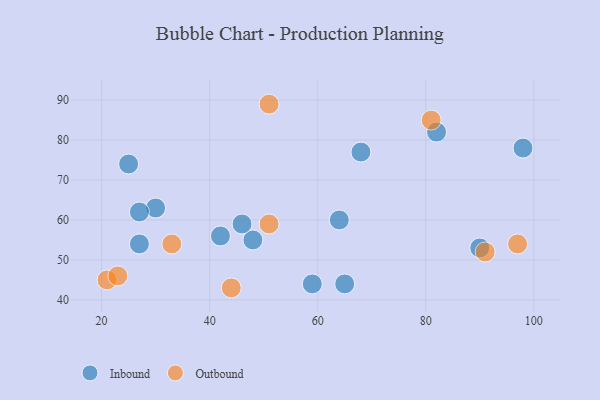
{"axis": {"x": "GDP", "y": "Life Expectancy"}, "legend": ["Inbound", "Outbound"], "data": [{"x": "25", "y": 74, "type": "Inbound"}, {"x": "48", "y": 55, "type": "Inbound"}, {"x": "30", "y": 63, "type": "Inbound"}, {"x": "59", "y": 44, "type": "Inbound"}, {"x": "46", "y": 59, "type": "Inbound"}, {"x": "27", "y": 54, "type": "Inbound"}, {"x": "64", "y": 60, "type": "Inbound"}, {"x": "42", "y": 56, "type": "Inbound"}, {"x": "98", "y": 78, "type": "Inbound"}, {"x": "65", "y": 44, "type": "Inbound"}, {"x": "27", "y": 62, "type": "Inbound"}, {"x": "68", "y": 77, "type": "Inbound"}, {"x": "90", "y": 53, "type": "Inbound"}, {"x": "82", "y": 82, "type": "Inbound"}, {"x": "81", "y": 85, "type": "Outbound"}, {"x": "97", "y": 54, "type": "Outbound"}, {"x": "44", "y": 43, "type": "Outbound"}, {"x": "91", "y": 52, "type": "Outbound"}, {"x": "51", "y": 59, "type": "Outbound"}, {"x": "21", "y": 45, "type": "Outbound"}, {"x": "33", "y": 54, "type": "Outbound"}, {"x": "23", "y": 46, "type": "Outbound"}, {"x": "51", "y": 89, "type": "Outbound"}]}